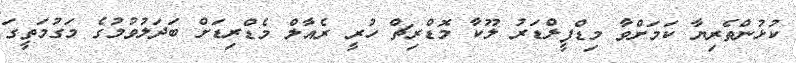
ކުޅުންތެރިޔާ ކަމަށްވާ މިޑްފީލްޑަރު ލޫކާ މޮޑްރިޗް ހުރީ ރެއާލް މެޑްރިޑަށް ބަދަލުވުމުގެ މަގުމަތީގަ